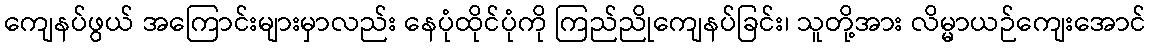
ကျေနပ်ဖွယ် အကြောင်းများမှာလည်း နေပုံထိုင်ပုံကို ကြည်ညိုကျေနပ်ခြင်း၊ သူတို့အား လိမ္မာယဉ်ကျေးအောင်